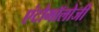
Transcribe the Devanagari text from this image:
एंटोमॉलोजी